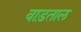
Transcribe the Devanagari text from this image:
वाड़ताल